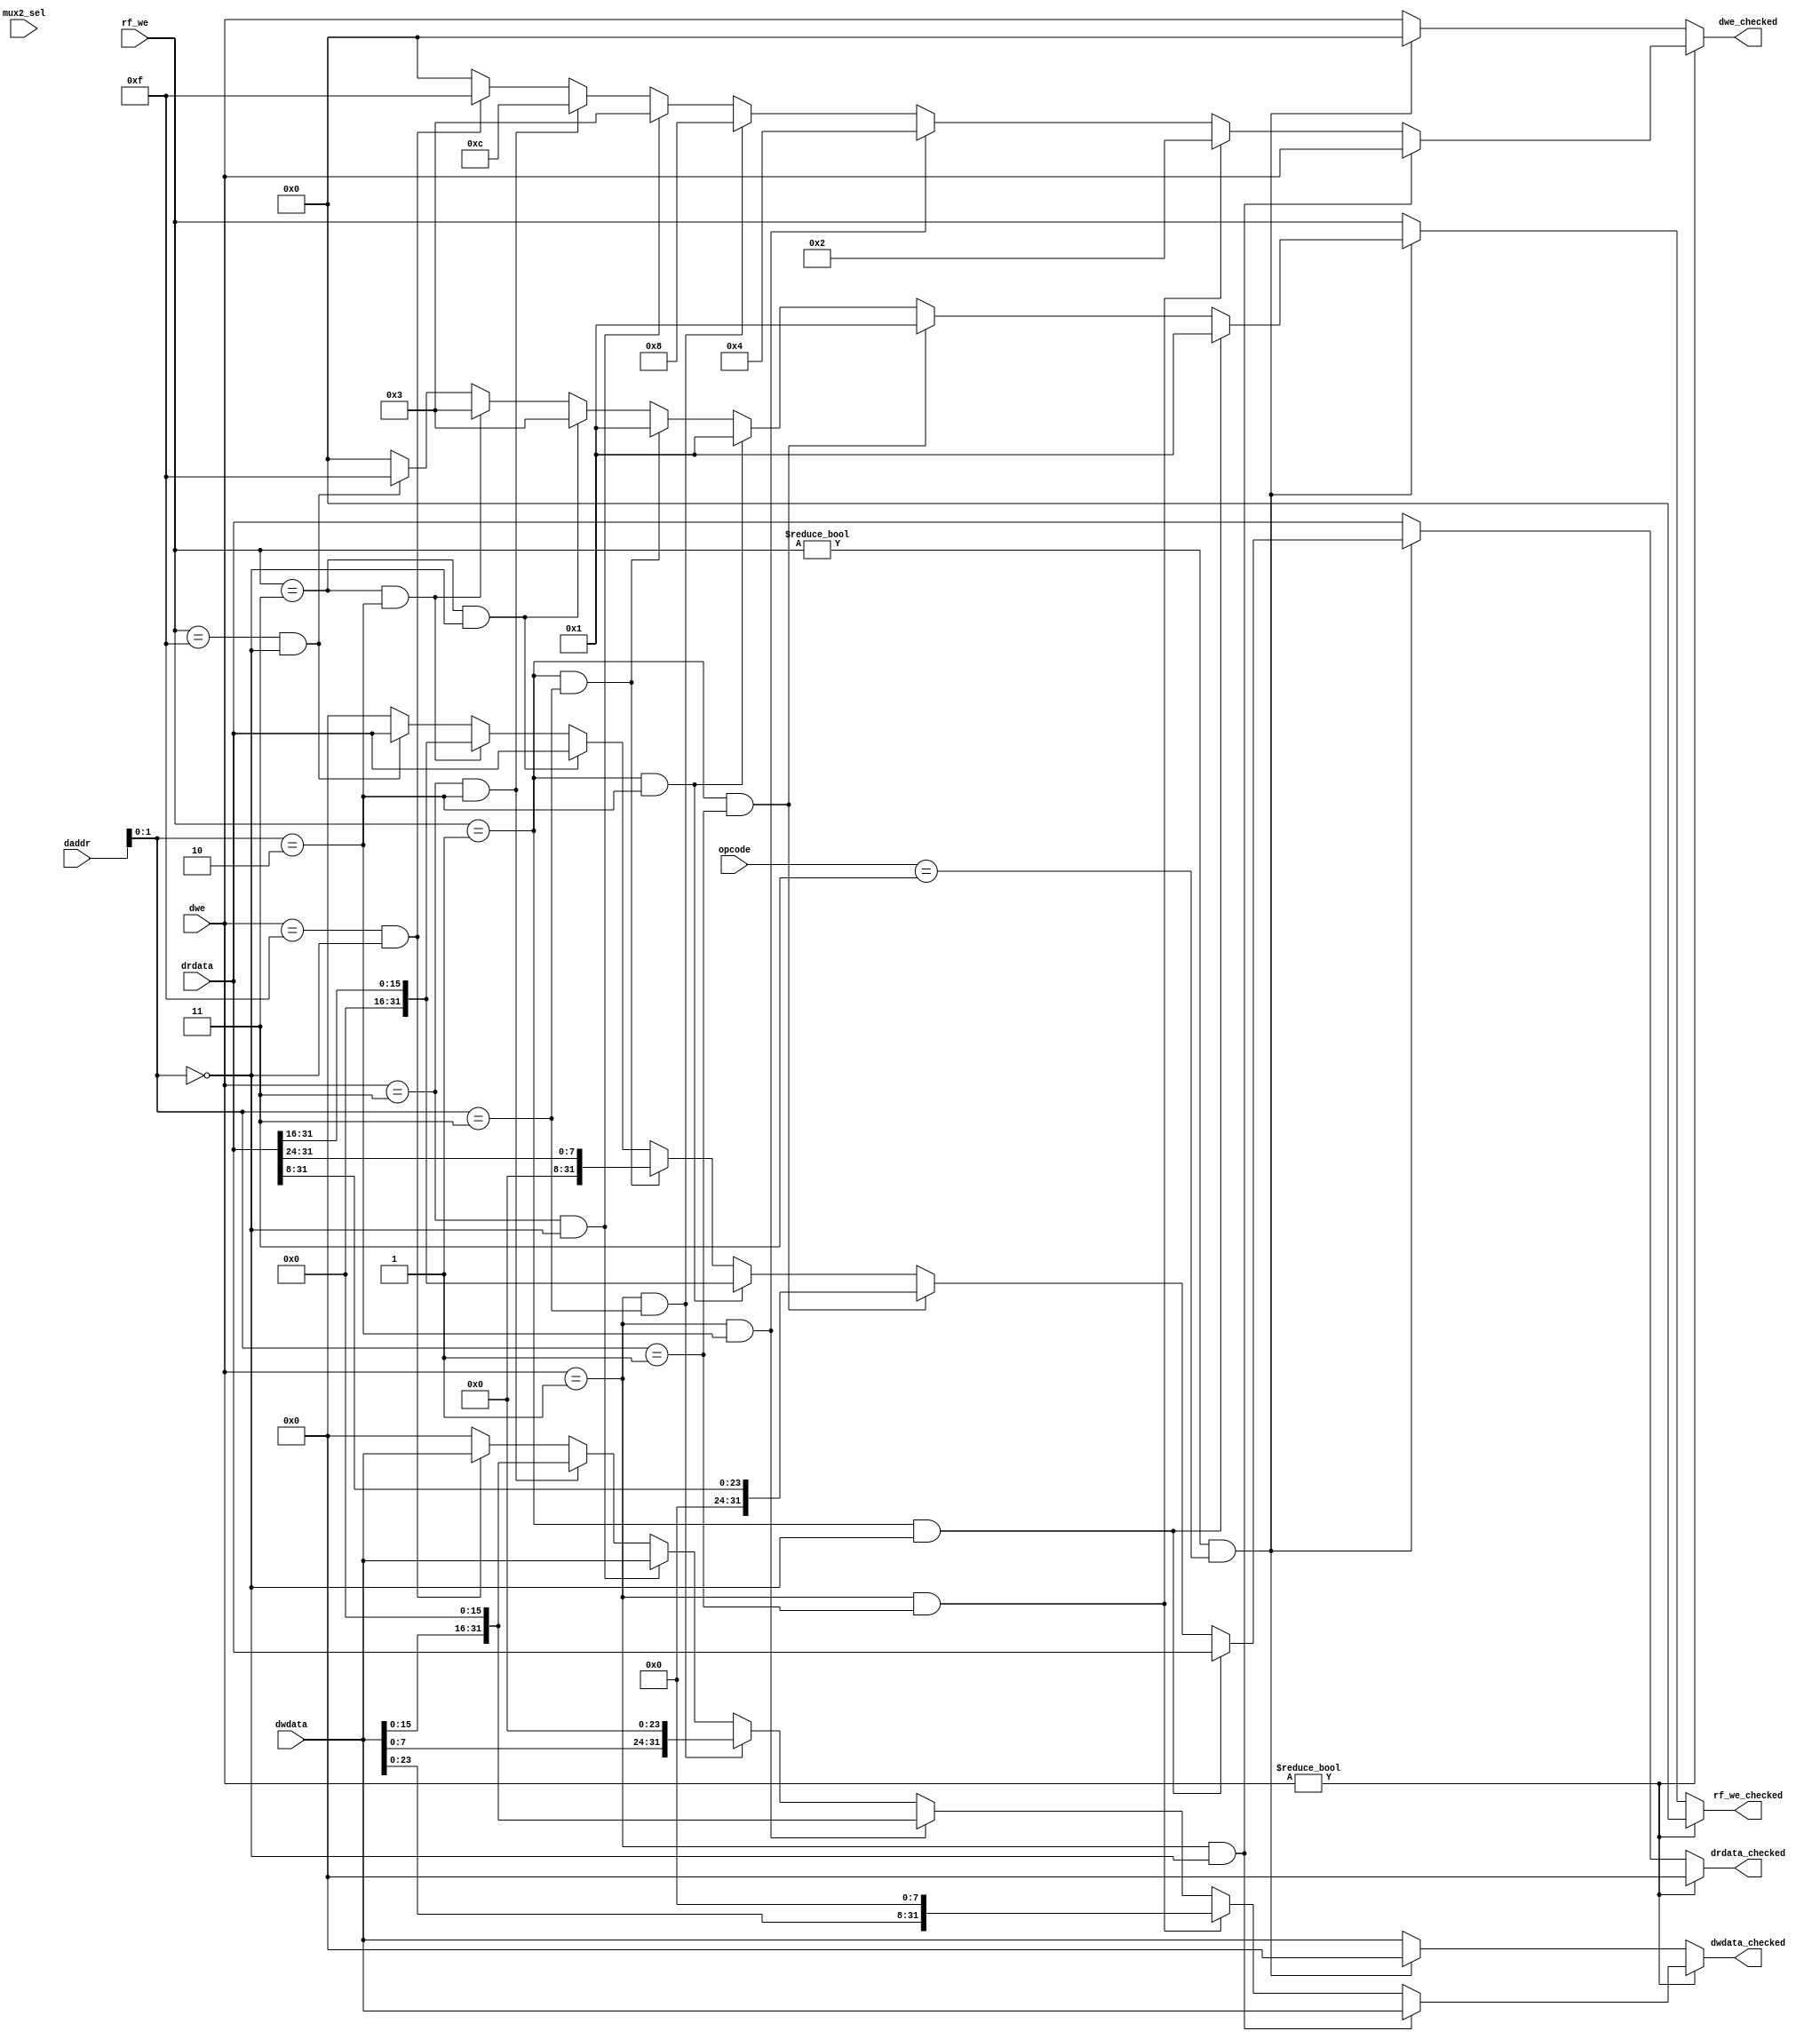
// to check if in a store type intr, address is a multiple of 4
// ignore instruction if address is invalid.

module check_misalign (
    input [31:0] daddr ,
    input [6:0] opcode ,
    input mux2_sel ,
    input [3:0] dwe ,
    input [31:0] dwdata ,
    input [3:0] rf_we ,
    input [31:0] drdata ,
    output reg [3:0] dwe_checked ,
    output reg [31:0] dwdata_checked ,
    output reg [3:0] rf_we_checked ,
    output reg [31:0] drdata_checked
);
    always @(*) begin
        
        if ( dwe != 4'd0 ) begin  //! it was a store instruction - address calculated by ALU ; and rf_we = 0 for sure 
            
            //! corrections for sb instruction
            if ( dwe == 4'd1 && daddr[1:0] == 2'b00 ) begin  // sb with write to byte 0 of 3
                dwe_checked = dwe ;
                dwdata_checked = dwdata ;
                rf_we_checked = 0 ;
                drdata_checked = 0 ;
            end

            else if ( dwe == 4'd1 && daddr[1:0] == 2'b01 ) begin  // sb with byte 1 of 3, to write to
                dwe_checked = 4'b0010 ;
                dwdata_checked = dwdata<<8 ;
                rf_we_checked = 0 ;
                drdata_checked = 0 ;
            end

            else if ( dwe == 4'd1 && daddr[1:0] == 2'b10 ) begin  // sb with byte 2 of 3, to write to
                dwe_checked = 4'b0100 ;
                dwdata_checked = dwdata<<16 ;
                rf_we_checked = 0 ;
                drdata_checked = 0 ;
            end

            else if ( dwe == 4'd1 && daddr[1:0] == 2'b11 ) begin  // sb with byte 3 of 3, to write to
                dwe_checked = 4'b1000 ;
                dwdata_checked = dwdata<<24 ;
                rf_we_checked = 0 ;
                drdata_checked = 0 ;
            end

            //! correction for sh instruction
            else if ( dwe == 4'd3 && daddr[1:0] == 2'b00 ) begin  // sh with write to bytes 0,1 out of 3
                dwe_checked = 4'b0011 ;
                dwdata_checked = dwdata ;
                rf_we_checked = 0 ;
                drdata_checked = 0 ;
            end

            else if ( dwe == 4'd3 && daddr[1:0] == 2'b10 ) begin  // sh with write to bytes 2,3 out of 3
                dwe_checked = 4'b1100 ;
                dwdata_checked = dwdata<<16 ;
                rf_we_checked = 0 ;
                drdata_checked = 0 ;
            end

            //! correction for sw instruction - here no correction has been initiated 
            else if ( dwe == 4'd15 && daddr[1:0] == 2'b00 ) begin  // sw with write to bytes 3,2,1,0 out of 3
                dwe_checked = 4'b1111 ;
                dwdata_checked = dwdata ;
                rf_we_checked = 0 ;
                drdata_checked = 0 ;
            end

            else begin  //! other cases are misaligned - hopefully won't be encountered
                dwe_checked = 0 ;
                rf_we_checked = 0 ;
                drdata_checked = 0 ;
                dwdata_checked = 0 ;
            end

        end

        else if ( rf_we != 4'd0 && opcode == 7'b0000011) begin  //! make any changes only if it is a load type instruction - check opcode
            
            //! corrections for lb instructions
            if ( rf_we == 4'b0001 && daddr[1:0] == 2'b00 ) begin  // lb with write from byte 0 of 3
                rf_we_checked = 4'b0001 ;
                drdata_checked = drdata ;
                dwe_checked = 0 ;
                dwdata_checked = 0 ;
            end

            else if ( rf_we == 4'b0001 && daddr[1:0] == 2'b01 ) begin  // lb with write from byte 1 of 3 
                rf_we_checked = 4'b0001 ;
                drdata_checked = drdata>>8 ;
                dwe_checked = 0 ;
                dwdata_checked = 0 ;
            end

            else if ( rf_we == 4'b0001 && daddr[1:0] == 2'b10 ) begin  // lb with write from byte 2 of 3  
                rf_we_checked = 4'b0001 ;
                drdata_checked = drdata>>16 ;
                dwe_checked = 0 ;
                dwdata_checked = 0 ;
            end

            else if ( rf_we == 4'b0001 && daddr[1:0] == 2'b11 ) begin  // lb with write from byte 3 of 3  
                rf_we_checked = 4'b0001 ;
                drdata_checked = drdata>>24 ;
                dwe_checked = 0 ;
                dwdata_checked = 0 ;
            end

            //! correections for lh instructions
            else if ( rf_we == 4'b0011 && daddr[1:0] == 2'b00 ) begin  // lh with write from byte 0,1 of 3  
                rf_we_checked = 4'b0011 ;
                drdata_checked = drdata ;
                dwe_checked = 0 ;
                dwdata_checked = 0 ;
            end

            else if ( rf_we == 4'b0011 && daddr[1:0] == 2'b10 ) begin  // lh with write from byte 2,3 of 3  
                rf_we_checked = 4'b0011 ;
                drdata_checked = drdata>>16 ;
                dwe_checked = 0 ;
                dwdata_checked = 0 ;
            end

            //! corrections for lw instructions and other writes by word 
            else if ( rf_we == 4'b1111 && daddr[1:0] == 2'b00 ) begin  // lw with write from byte 0,1,2,3 of 3 OR any other types so no change
                rf_we_checked = 4'b1111 ;
                drdata_checked = drdata ;
                dwe_checked = 0 ;
                dwdata_checked = 0 ;
            end

            else begin  //! misaligned ?
                rf_we_checked = 0 ;
                drdata_checked = 0 ;
                dwe_checked = 0 ;
                dwdata_checked = 0 ;
            end

        end
        
        else begin
            dwe_checked = dwe ;
            dwdata_checked = dwdata ;
            rf_we_checked = rf_we ;
            drdata_checked = drdata ;
        end

    end

endmodule